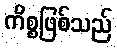
ကိစ္စဖြစ်သည်